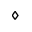
\diamond